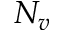
N _ { v }